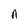
Character: A